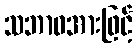
သဘာဝအားဖြင့်